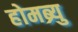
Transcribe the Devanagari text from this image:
होमब्र्यु